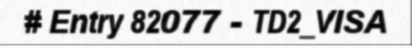
# Entry 82077 - TD2_VISA